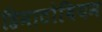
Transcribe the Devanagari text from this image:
हिमाटोबियम